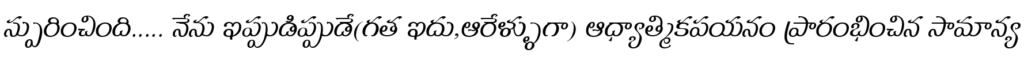
స్పురించింది..... నేను ఇప్పుడిప్పుడే(గత ఇదు,ఆరేళ్ళుగా) ఆధ్యాత్మికపయనం ప్రారంభించిన సామాన్య